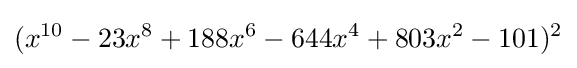
(x^{10}-23x^{8}+188x^{6}-644x^{4}+803x^{2}-101)^{2}